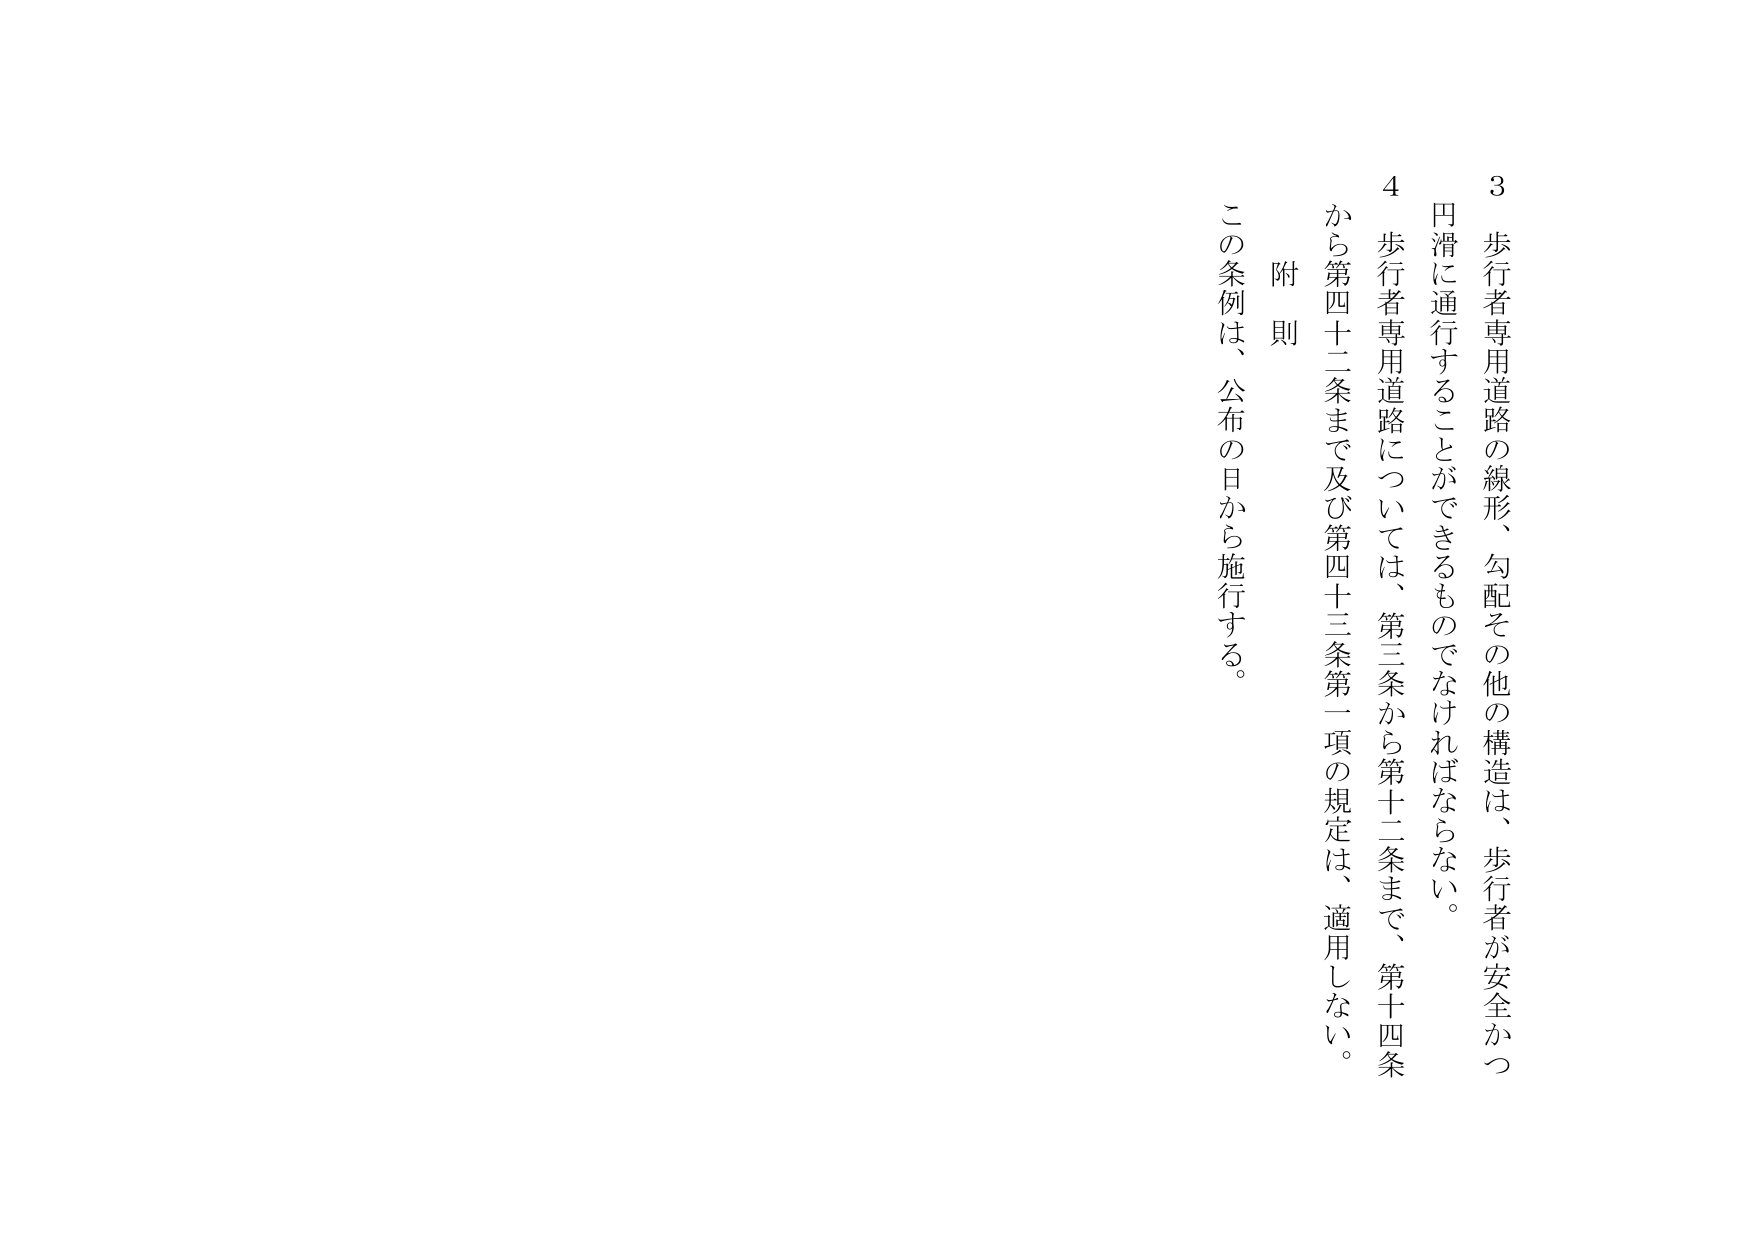
3 歩行者専用道路の線形、勾配その他の構造は、歩行者が安全かつ円滑に通行することができるものでなければならない。

4 歩行者専用道路については、第三条から第十二条まで、第十四条から第四十二条まで及び第四十三条第一項の規定は、適用しない。

附則
この条例は、公布の日から施行する。